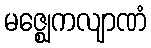
မဇ္ဈေကလျာဏံ